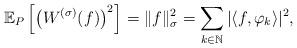
LaTeX: \begin{align*} \mathbb E_P\left[\left(W^{(\sigma)}(f)\right)^2\right]=\|f\|_\sigma^2=\sum_{k\in\mathbb N}|\langle f,\varphi_k\rangle|^2,\end{align*}